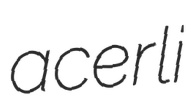
acerli